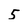
Character: 5